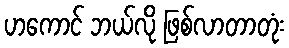
ဟကောင် ဘယ်လို ဖြစ်လာတာတုံး